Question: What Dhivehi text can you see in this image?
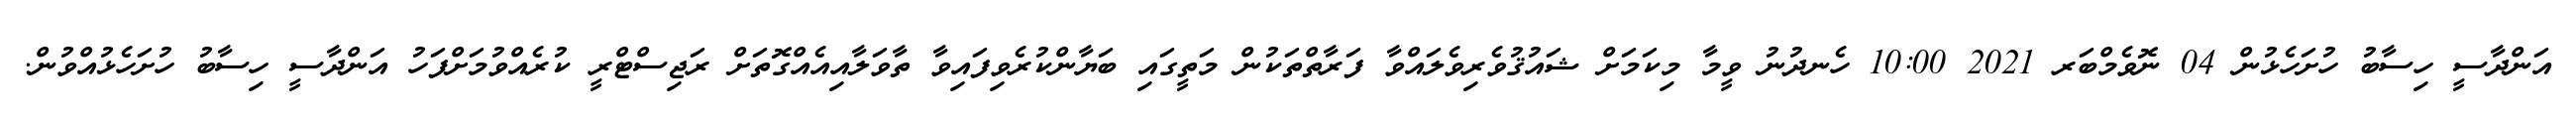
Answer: އަންދާސީ ހިސާބު ހުށަހެޅުން 04 ނޮވެމްބަރ 2021 10:00 ހެނދުނު ވީމާ މިކަމަށް ޝައުޤުވެރިވެލައްވާ ފަރާތްތަކުން މަތީގައި ބަޔާންކުރެވިފައިވާ ތާވަލާއިއެއްގޮތަށް ރަޖިސްޓްރީ ކުރެއްވުމަށްފަހު އަންދާސީ ހިސާބު ހުށަހެޅުއްވުން.